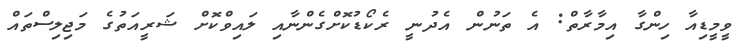
ވީމީޑިއާ ހިންގާ އިމާރާތް: އެ ތަނުން އެދުނީ ރެކޯޑުކޮށްގެންނާއި ލައިވްކޮށް ޝަރީއަތުގެ މަޖިލިސްތައް